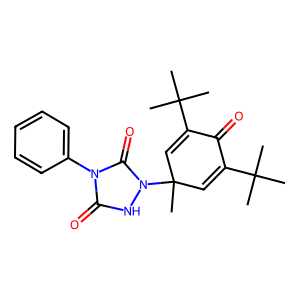
SMILES: CC(C)(C)C1=CC(C)(n2[nH]c(=O)n(-c3ccccc3)c2=O)C=C(C(C)(C)C)C1=O
Inhibits HIV replication: No